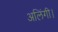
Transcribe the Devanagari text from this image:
अलिंगी।